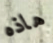
هاذه